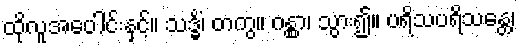
ထိုလူအပေါင်းနှင့်။ သဒ္ဓိံ၊ တကွ။ ဂန္တွာ၊ သွား၍။ ပရိသပရိသန္တေ၊